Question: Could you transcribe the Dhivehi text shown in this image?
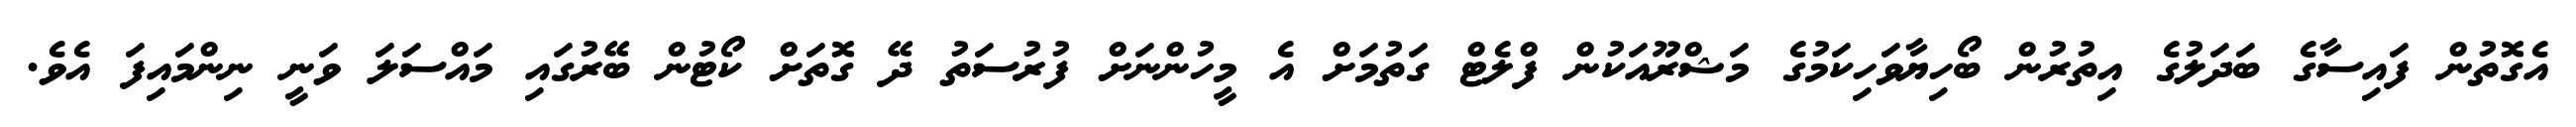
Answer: އެގޮތުން ފައިސާގެ ބަދަލުގެ އިތުރުން ބޯހިޔާވަހިކަމުގެ މަޝްރޫއަކުން ފްލެޓް ގަތުމަށް އެ މީހުންނަށް ފުރުސަތު ދޭ ގޮތަށް ކޯޓުން ބޭރުގައި މައްސަލަ ވަނީ ނިންމައިފަ އެވެ.